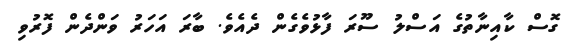
ގޮސް ކާއިނާތުގެ އަސްލު ސޫރަ ފާޅުވެގެން ދެއެވެ. ބާރަ އަހަރު ވަންދެން ފޮރުވި